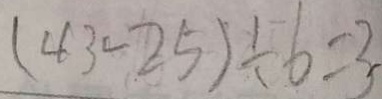
( 4 3 - 2 5 ) \div 6 = 3